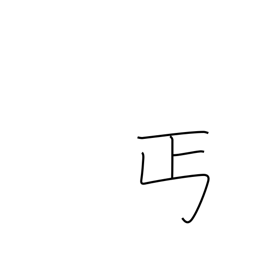
Meaning: give